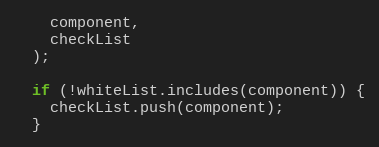
Language: JavaScript
    component,
    checkList
  );

  if (!whiteList.includes(component)) {
    checkList.push(component);
  }